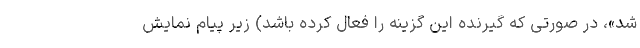
شد»، در صورتی که گیرنده این گزینه را فعال کرده باشد) زیر پیام نمایش